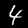
Label: 4